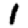
Digit: 1